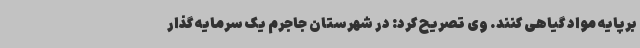
برپایه مواد گیاهی کنند. وی تصریح کرد: در شهرستان جاجرم یک سرمایه گذار